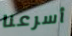
أسرعنا